Account of plague administration in the Bombay Presidency from September 1896 till May 1897
Year: 1896
Disease focus: Plague
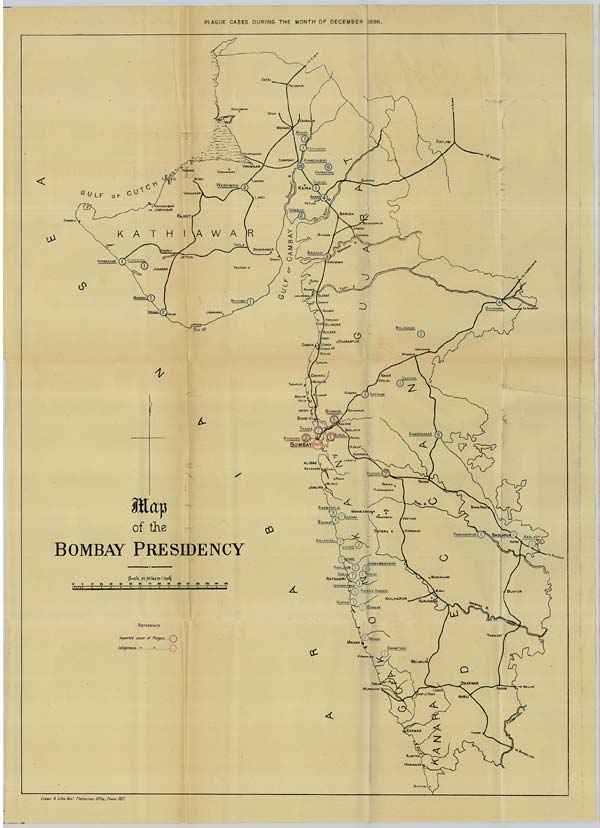
PLAGUE CASES DURING THE MONTH OF DECEMBER 1896.
Drawn & Litho: Govt. Photozinco: Office, Poona 1897.